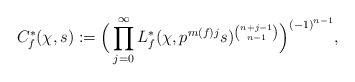
LaTeX: \begin{align*}C^*_f(\chi, s):=\Big(\prod\limits_{j=0}^{\infty}L^*_f(\chi, {p^{m(f)j}}s)^{ \binom{n+j-1}{n-1}}\Big)^{{(-1)}^{n-1}},\end{align*}